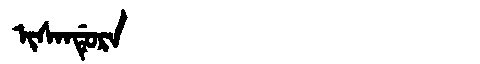
Manchu: ᡳᠰᠠᠨᡩᡠᡵᠠ
Romanization: ISANDURA